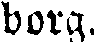
borg.